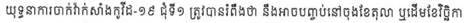
យុទ្ធនាការចាក់វ៉ាក់សាំងកូវីដ-១៩ ជុំទី១ ត្រូវបានរំពឹងថា នឹងអាចបញ្ចប់នៅចុងខែតុលា ឬដើមខែវិច្ឆិកា